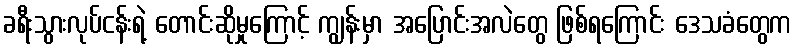
ခရီးသွားလုပ်ငန်းရဲ့ တောင်းဆိုမှုကြောင့် ကျွန်းမှာ အပြောင်းအလဲတွေ ဖြစ်ရကြောင်း ဒေသခံတွေက